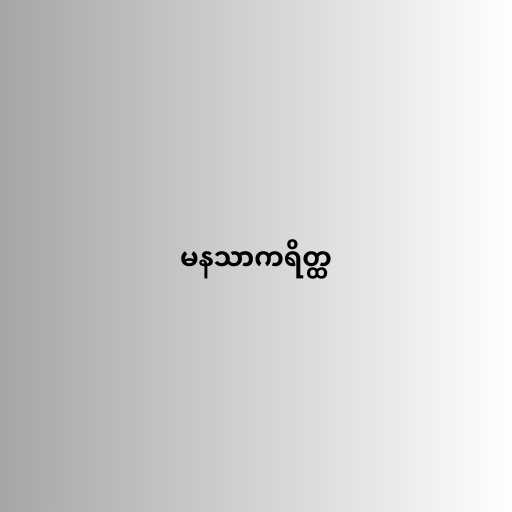
မနသာကရိတ္ထ